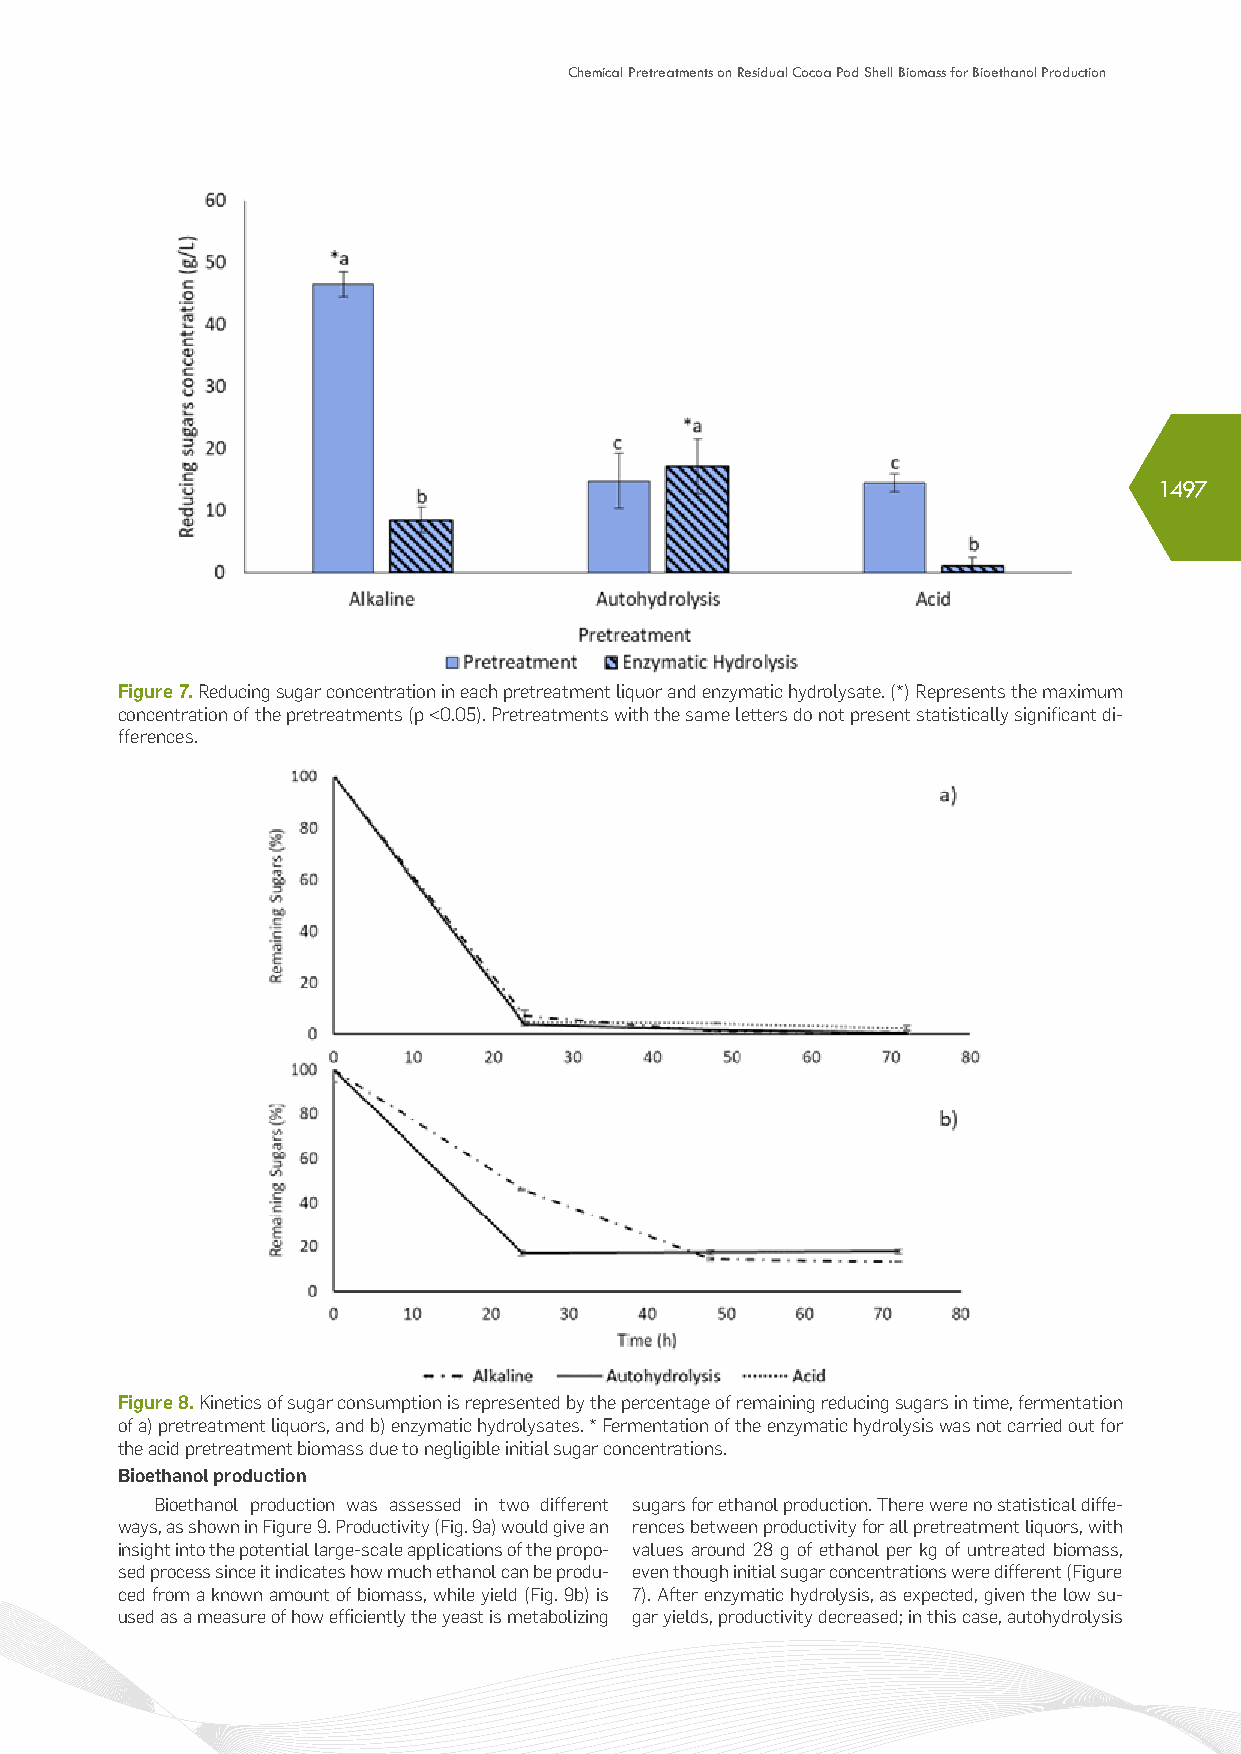
Chemical Pretreatments on Residual Cocoa Pod Shell Biomass for Bioethanol Production
 1497
 Figure 7. Reducing sugar concentration in each pretreatment liquor and enzymatic hydrolysate. (*) Represents the maximum
 concentration of the pretreatments (p <0.05). Pretreatments with the same letters do not present statistically significant di-
 fferences.
 Figure 8. Kinetics of sugar consumption is represented by the percentage of remaining reducing sugars in time, fermentation
 of a) pretreatment liquors, and b) enzymatic hydrolysates. * Fermentation of the enzymatic hydrolysis was not carried out for
 the acid pretreatment biomass due to negligible initial sugar concentrations.
 Bioethanol production
 Bioethanol production was assessed in two different sugars for ethanol production. There were no statistical diffe-
 ways, as shown in Figure 9. Productivity (Fig. 9a) would give an rences between productivity for all pretreatment liquors, with
 insight into the potential large-scale applications of the propo- values around 28 g of ethanol per kg of untreated biomass,
 sed process since it indicates how much ethanol can be produ- even though initial sugar concentrations were different (Figure
 ced from a known amount of biomass, while yield (Fig. 9b) is 7). After enzymatic hydrolysis, as expected, given the low su-
 used as a measure of how efficiently the yeast is metabolizing gar yields, productivity decreased; in this case, autohydrolysis